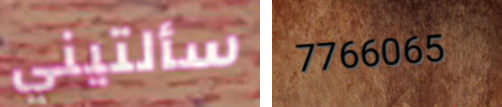
سألتيني 7766065